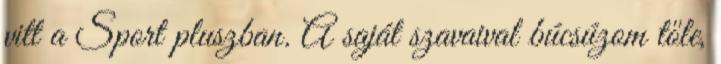
vitt a Sport pluszban. A saját szavaival búcsúzom tőle,